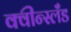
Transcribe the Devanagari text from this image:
क्वीन्स्लँड